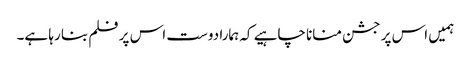
ہمیں اس پر جشن منانا چاہیے کہ ہمارا دوست اس پر فلم بنا رہا ہے۔